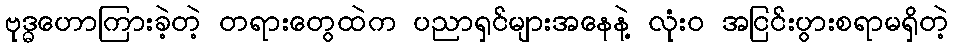
ဗုဒ္ဓဟောကြားခဲ့တဲ့ တရားတွေထဲက ပညာရှင်များအနေနဲ့ လုံးဝ အငြင်းပွားစရာမရှိတဲ့